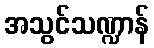
အသွင်သဏ္ဍာန်